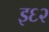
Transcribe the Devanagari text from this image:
इ६२